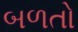
બળતો